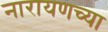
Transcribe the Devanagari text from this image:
नारायणच्या